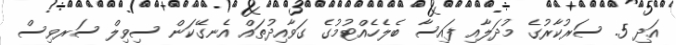
އަދި 5. ސަރުކާރުގެ މުދަލާއި ފައިސާ ބެލެހެއްޓުމުގެ ގަވާއިދުތައް އެނގޭކަން ސިވިލް ސަރވިސް